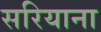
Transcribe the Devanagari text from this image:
सरियाना